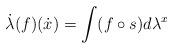
LaTeX: \begin{gather*}\dot\lambda(f)(\dot x)=\int (f\circ s)d\lambda^x\end{gather*}